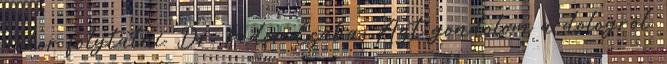
akkor folytatni. Dr. Fodor Csaba: Azt gondolom a dologról,